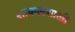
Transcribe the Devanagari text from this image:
शाकलशाखी